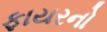
ફાયરનો